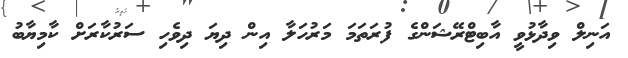
އަނިލް ވިދާޅުވީ އާބިޓްރޭޝަންގެ ފުރަތަމަ މަރުހަލާ އިން ދިޔަ ދިވެހި ސަރުކާރަށް ކާމިޔާބު